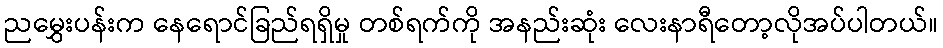
ညမွှေးပန်းက နေရောင်ခြည်ရရှိမှု တစ်ရက်ကို အနည်းဆုံး လေးနာရီတော့လိုအပ်ပါတယ်။